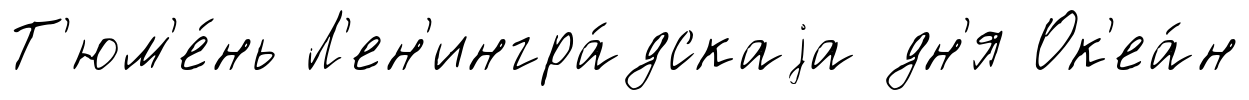
Т'юм'е́нь Л'ен'ингра́дскаjа дн'я Ок'еа́н